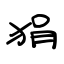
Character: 狷